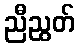
ညီညွတ်